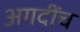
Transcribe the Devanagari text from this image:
अगदींच